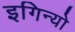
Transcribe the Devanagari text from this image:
इगिन्यो